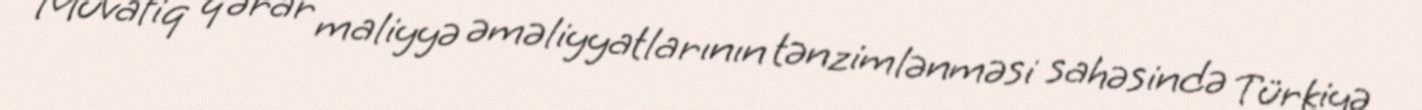
Müvafiq qərar maliyyə əməliyyatlarının tənzimlənməsi sahəsində Türkiyə